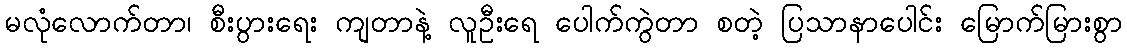
မလုံလောက်တာ၊ စီးပွားရေး ကျတာနဲ့ လူဦးရေ ပေါက်ကွဲတာ စတဲ့ ပြသာနာပေါင်း မြောက်မြားစွာ